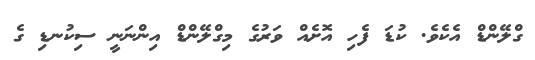
ގްލޭންޑް އެކެވެ. ކުޑަ ފެހި އޮށެއް ވަރުގެ މިގްލޭންޑް އިންނަނީ ސިކުނޑި ގެ